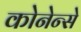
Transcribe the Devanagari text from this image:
कोनेन्से